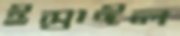
ইস্রাঈল